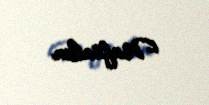
Naftalan